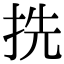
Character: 㧥